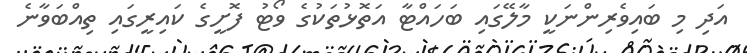
އަދި މި ބައިވެރިންނަކީ މާލޭގައި ބަހައްޓާ އަތޮޅުތަކުގެ ވޯޓު ފޮށީގެ ކައިރީގައި ތިއްބަވާނެ